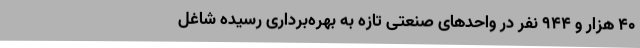
40 هزار و 944 نفر در واحدهای صنعتی تازه به بهره‌برداری رسیده شاغل